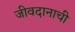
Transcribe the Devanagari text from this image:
जीवदानाची